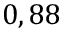
0 , 8 8